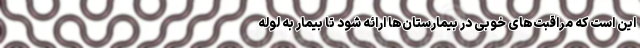
این است که مراقبت‌های خوبی در بیمارستان‌ها ارائه شود تا بیمار به لوله